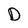
Character: D